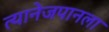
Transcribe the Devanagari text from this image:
त्यानेजपानला